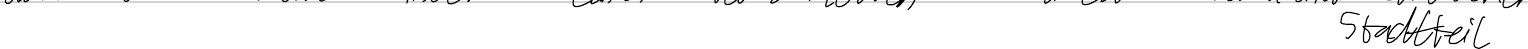
Stadtteil